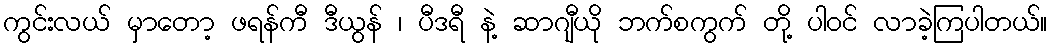
ကွင်းလယ် မှာတော့ ဖရန်ကီ ဒီယွန် ၊ ပီဒရီ နဲ့ ဆာဂျီယို ဘက်စကွက် တို့ ပါဝင် လာခဲ့ကြပါတယ်။